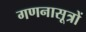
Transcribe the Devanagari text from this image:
गणनासूत्रों